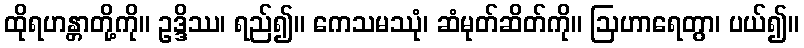
ထိုရဟန္တာတို့ကို။ ဥဒ္ဒိဿ၊ ရည်၍။ ကေသမဿုံ၊ ဆံမုတ်ဆိတ်ကို။ ဩဟာရေတွာ၊ ပယ်၍။